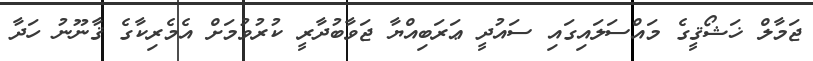
ޖަމާލް ޚަޝޯޤީގެ މައްސަލައިގައި ސައުދީ ޢަރަބިއްޔާ ޖަވާބުދާރީ ކުރުވުމަށް އެމެރިކާގެ ޤާނޫނު ހަދާ